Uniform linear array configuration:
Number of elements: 4
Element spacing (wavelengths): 0.25
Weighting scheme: binomial
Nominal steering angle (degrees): -15
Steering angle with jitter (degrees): -15.005
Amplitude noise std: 0.05
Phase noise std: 0.05

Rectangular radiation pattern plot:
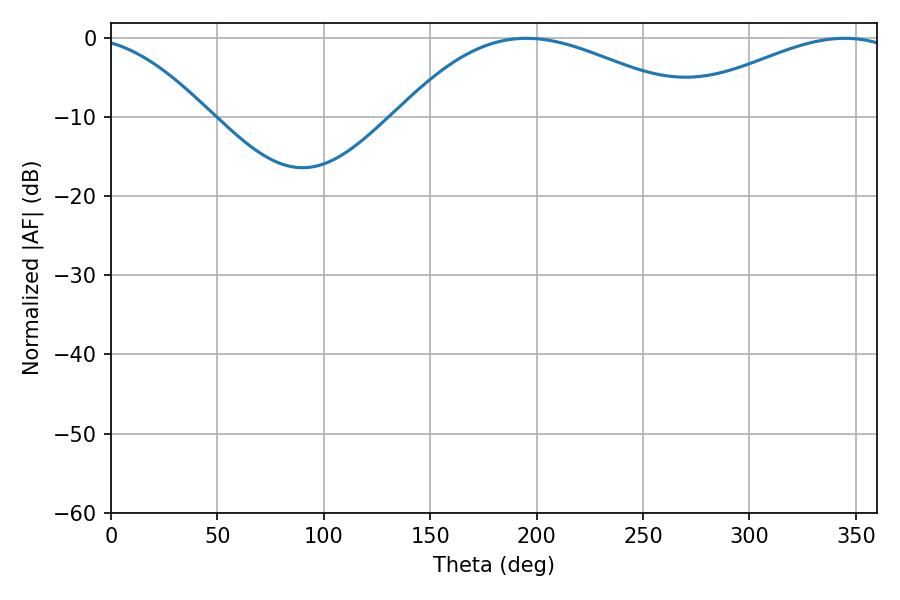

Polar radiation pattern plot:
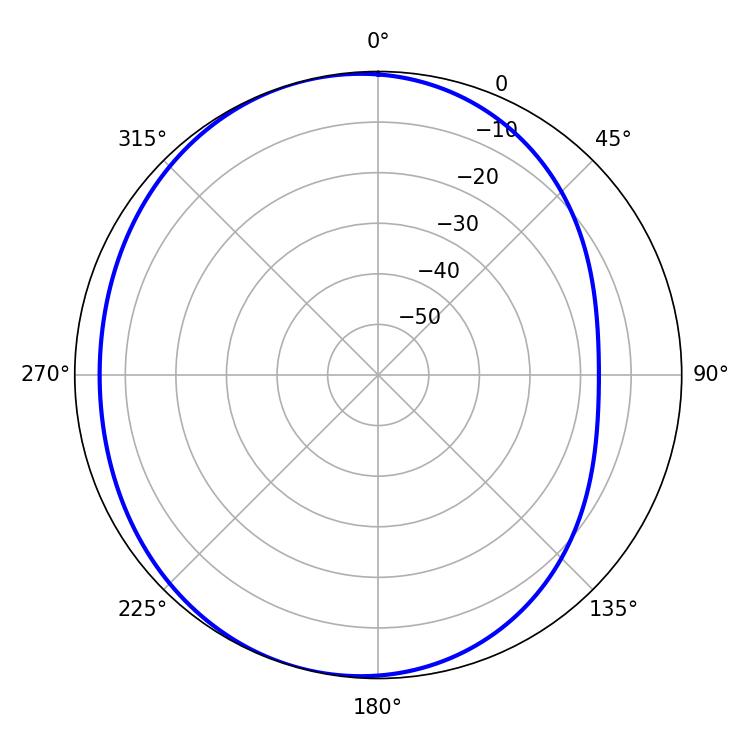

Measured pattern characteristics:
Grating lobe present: FALSE
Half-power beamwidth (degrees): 76.86
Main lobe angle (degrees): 195.3